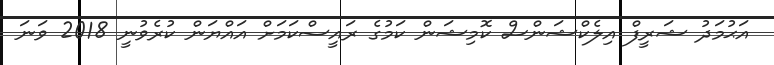
އަޙުމަދު ޝަރީފް އިލެކްޝަންސް ކޮމިޝަން ކަމުގެ ރައީސްކަމަށް އައްޔަން ކުރެވުނީ 2018 ވަނަ